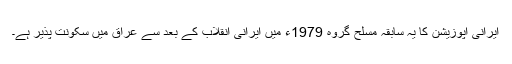
ایرانی اپوزیشن کا یہ سابقہ مسلح گروہ 1979ء میں ایرانی انقلاب کے بعد سے عراق میں سکونت پذیر ہے۔